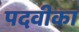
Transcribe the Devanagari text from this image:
पदवीका